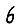
Digit: 6